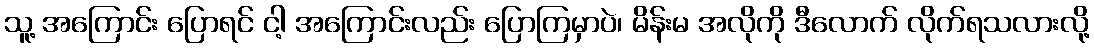
သူ့ အကြောင်း ပြောရင် ငါ့ အကြောင်းလည်း ပြောကြမှာပဲ၊ မိန်းမ အလိုကို ဒီလောက် လိုက်ရသလားလို့